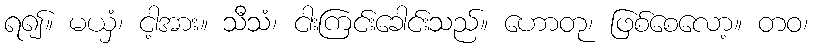
ရ၍။ မယှံ၊ ငါ့အား။ သီသံ၊ ငါးကြင်းခေါင်းသည်။ ဟောတု၊ ဖြစ်စေလော့။ တဝ၊